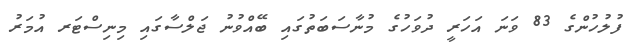
ފުލުހުންގެ 83 ވަނަ އަހަރީ ދުވަހުގެ މުނާސަބަތުގައި ބޭއްވުނު ޖަލްސާގައި މިނިސްޓަރ އުމަރު